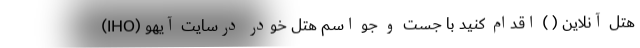
هتل آنلاین ( ) اقدام کنید با جست و جو اسم هتل خودر درسایت آیهو (IHO)